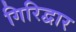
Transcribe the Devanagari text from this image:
गिरिद्वार